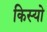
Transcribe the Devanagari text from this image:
किस्यो